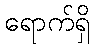
ရောက်ရှိ